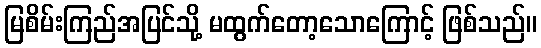
မြစိမ်းကြည်အပြင်သို့ မထွက်တော့သောကြောင့် ဖြစ်သည်။